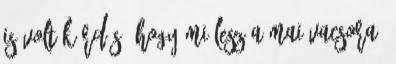
is volt kérdés, hogy mi lesz a mai vacsora,